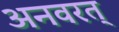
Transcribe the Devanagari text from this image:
अनवरत्